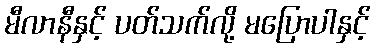
မီလာနီနှင့် ပတ်သက်လို့ မပြောပါနှင့်